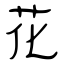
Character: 花